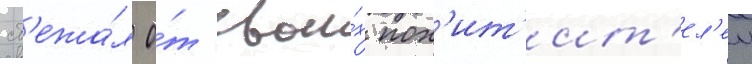
сб'ежа́л о́т свои́х пох'ит'ит'ел'еи